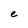
Character: e